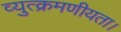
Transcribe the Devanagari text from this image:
व्युत्क्रमणीयता।